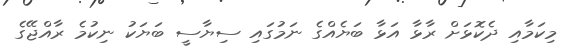
މިކަމާއި ދެކޮޅަށް ރާޅާ އަޅާ ބަޔެއްގެ ނަމުގައި ސިޔާސީ ބަޔަކު ނިކުމެ ރާއްޖޭގެ